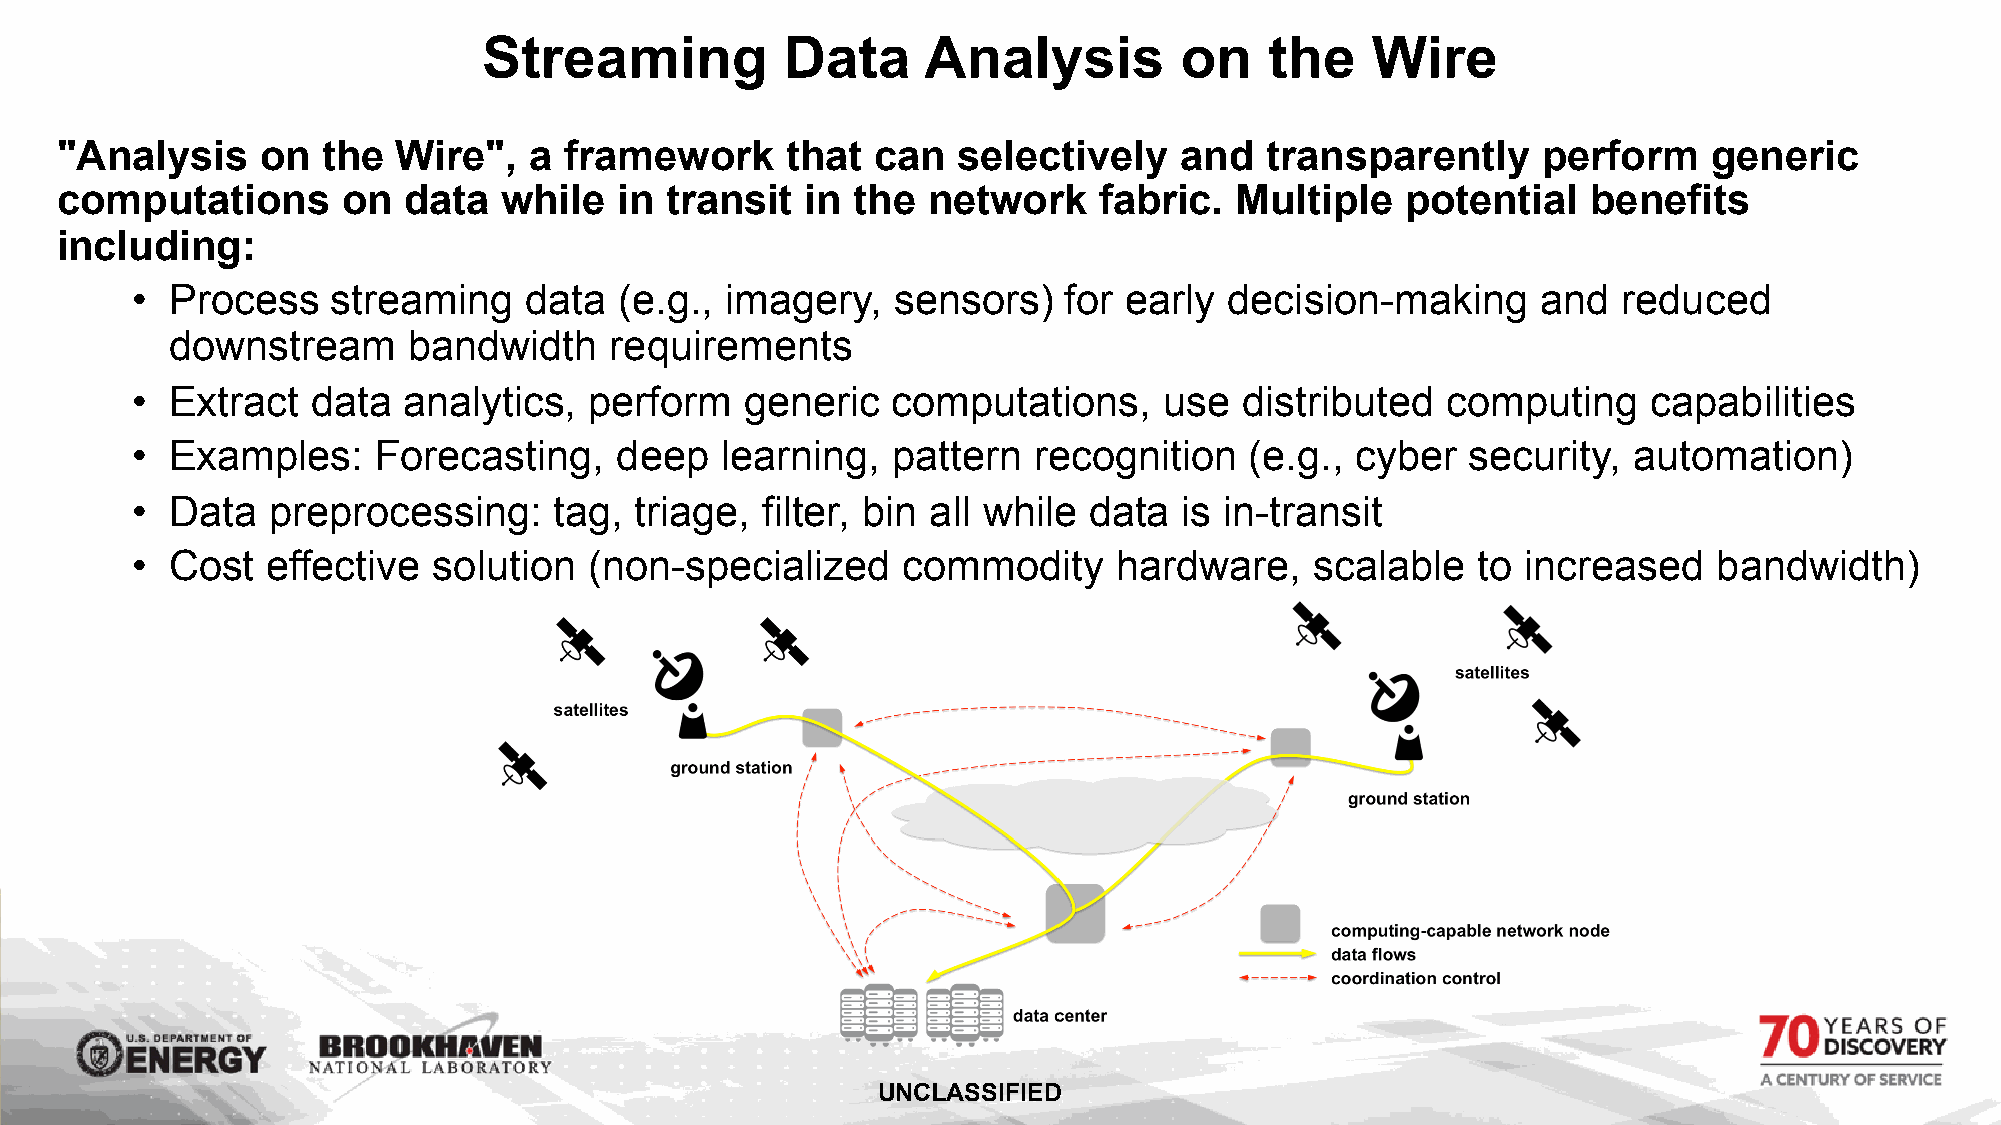
Streaming           Data     Analysis         on    the    Wire
 "Analysis    on  the  Wire",   a framework      that  can  selectively    and   transparently     perform    generic
 computations       on  data  while   in transit  in the  network     fabric.  Multiple   potential   benefits
 including:
 • Process    streaming    data  (e.g., imagery,   sensors)   for early  decision-making      and  reduced
 downstream      bandwidth    requirements
 • Extract   data  analytics,  perform   generic   computations,     use  distributed   computing    capabilities
 • Examples:     Forecasting,    deep   learning,  pattern  recognition    (e.g., cyber  security,  automation)
 • Data   preprocessing:     tag, triage, filter, bin all while data  is in-transit
 • Cost   effective  solution  (non-specialized     commodity     hardware,    scalable   to increased    bandwidth)
 UNCLASSIFIED